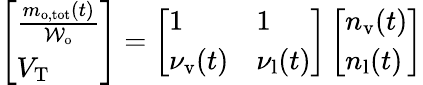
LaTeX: \begin{array}{r}{\left[\begin{array}{l}{\frac{m_{\mathrm{o,tot}}(t)}{\mathcal{W}_{\mathrm{o}}}}\\ {V_{\mathrm{T}}}\end{array}\right]=\left[\begin{array}{ll}{1}&{1}\\ {\nu_{\mathrm{v}}(t)}&{\nu_{\mathrm{l}}(t)}\end{array}\right]\left[\begin{array}{l}{n_{\mathrm{v}}(t)}\\ {n_{\mathrm{l}}(t)}\end{array}\right]}\end{array}